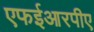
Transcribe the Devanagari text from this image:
एफईआरपीए